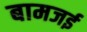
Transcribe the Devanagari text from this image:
बामजई